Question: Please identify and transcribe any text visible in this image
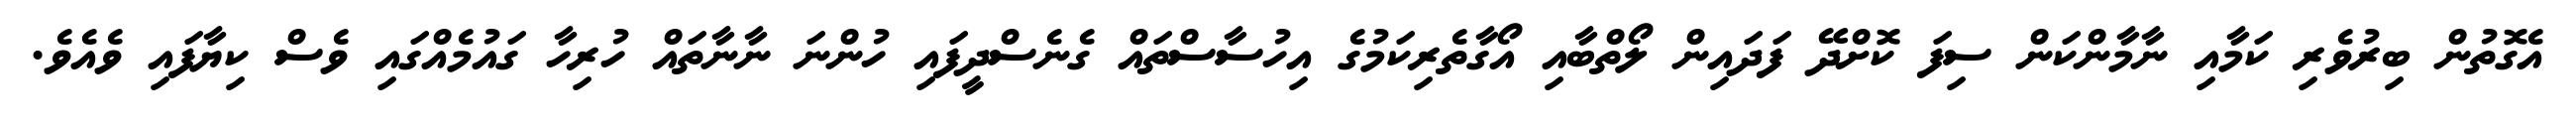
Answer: އެގޮތުން ބިރުވެރި ކަމާއި ނާމާންކަން ސިފަ ކޮށްދޭ ފަދައިން ލޯތްބާއި އޯގާތެރިކަމުގެ އިހުސާސްތައް ގެނެސްދީފައި ހުންނަ ނާނާތައް ހުރިހާ ގައުމެއްގައި ވެސް ކިޔާފައި ވެއެވެ.